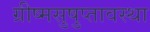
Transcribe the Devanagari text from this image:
ग्रीष्मसुषुप्तावस्था